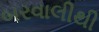
બરવાલીથી